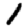
Digit: 1